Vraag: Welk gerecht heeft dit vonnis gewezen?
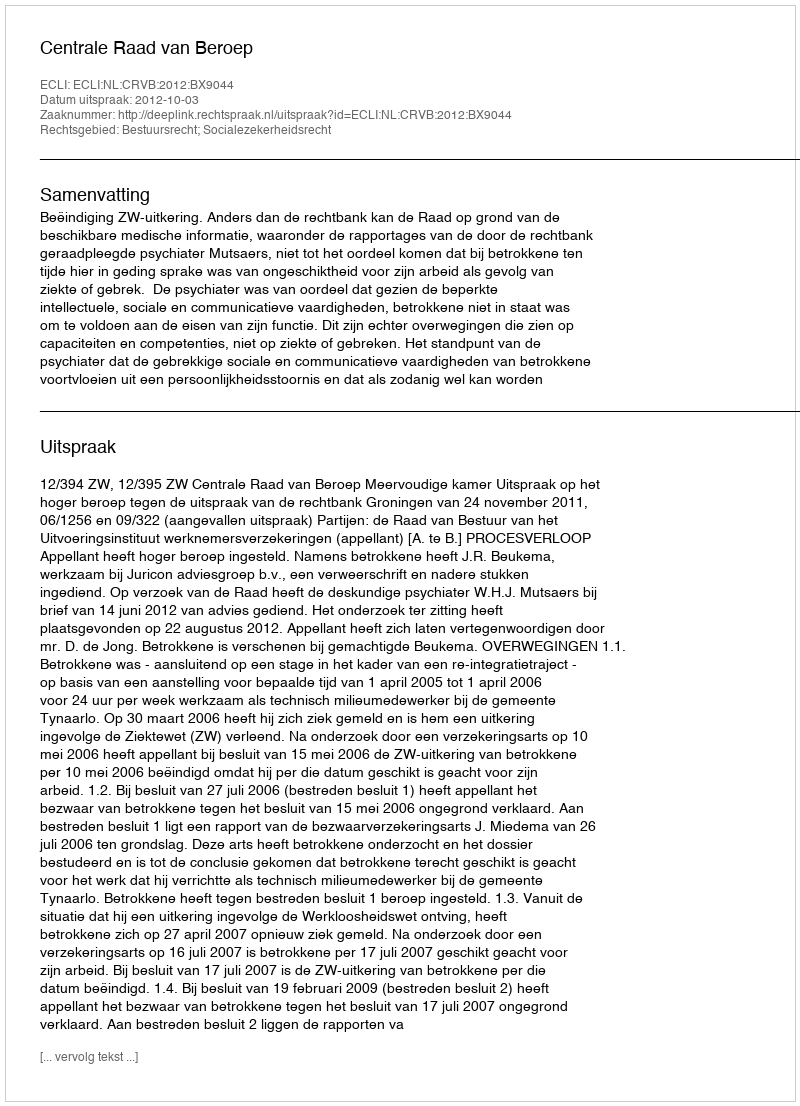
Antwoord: Centrale Raad van Beroep